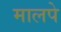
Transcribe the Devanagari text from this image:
मालपे